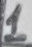
Text: 1